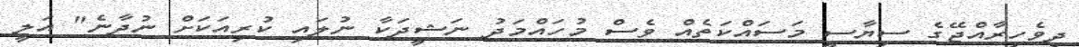
ދިވެހިރާއްޖޭގެ ސިޔާސީ މަސައްކަތެއް ވެސް މުހައްމަދު ނަޝީދަކާ ނުލައި ކުރިއަކަށް ނުދާނެ" އަލީ